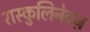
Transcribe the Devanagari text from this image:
रास्कुलिनेक्ज़